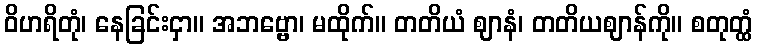
ဝိဟရိတုံ၊ နေခြင်းငှာ။ အဘဗ္ဗော၊ မထိုက်။ တတိယံ ဈာနံ၊ တတိယဈာန်ကို။ စတုတ္ထံ